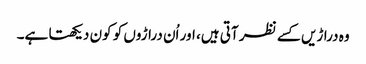
وہ دراڑیں کسے نظر آتی ہیں، اور اُن دراڑوں کو کون دیکھتا ہے۔